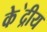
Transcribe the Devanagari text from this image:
के॓द्रीय